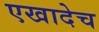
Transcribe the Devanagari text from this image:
एखादेच